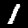
Label: 1